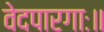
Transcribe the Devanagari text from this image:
वेदपारगाः॥